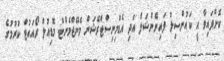
ކޮށްފައިވާ އީ ކައުންސިލް ފައިނޭންޝަލް އަދި އެޑްމިނިސްޓްރޭޝަން މެނޭޖްމެންޓް މޮޑިއުލް ރޯއައުޓް ކުރުމުގެ